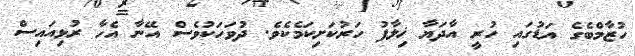
ހުޒާމްބެގެ އަޑުގައި ހުރީ އާދަޔާ ޚިލާފު ހަރުކަށިކަމެކެވެ. ދުވަހަކުވެސް އޭނާ އެހާ ރުޅިއައިސް